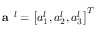
\textbf { a } ^ { l } = \left[ a _ { 1 } ^ { l } , a _ { 2 } ^ { l } , a _ { 3 } ^ { l } \right] ^ { T }